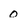
Character: 0